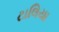
ટાલિયા